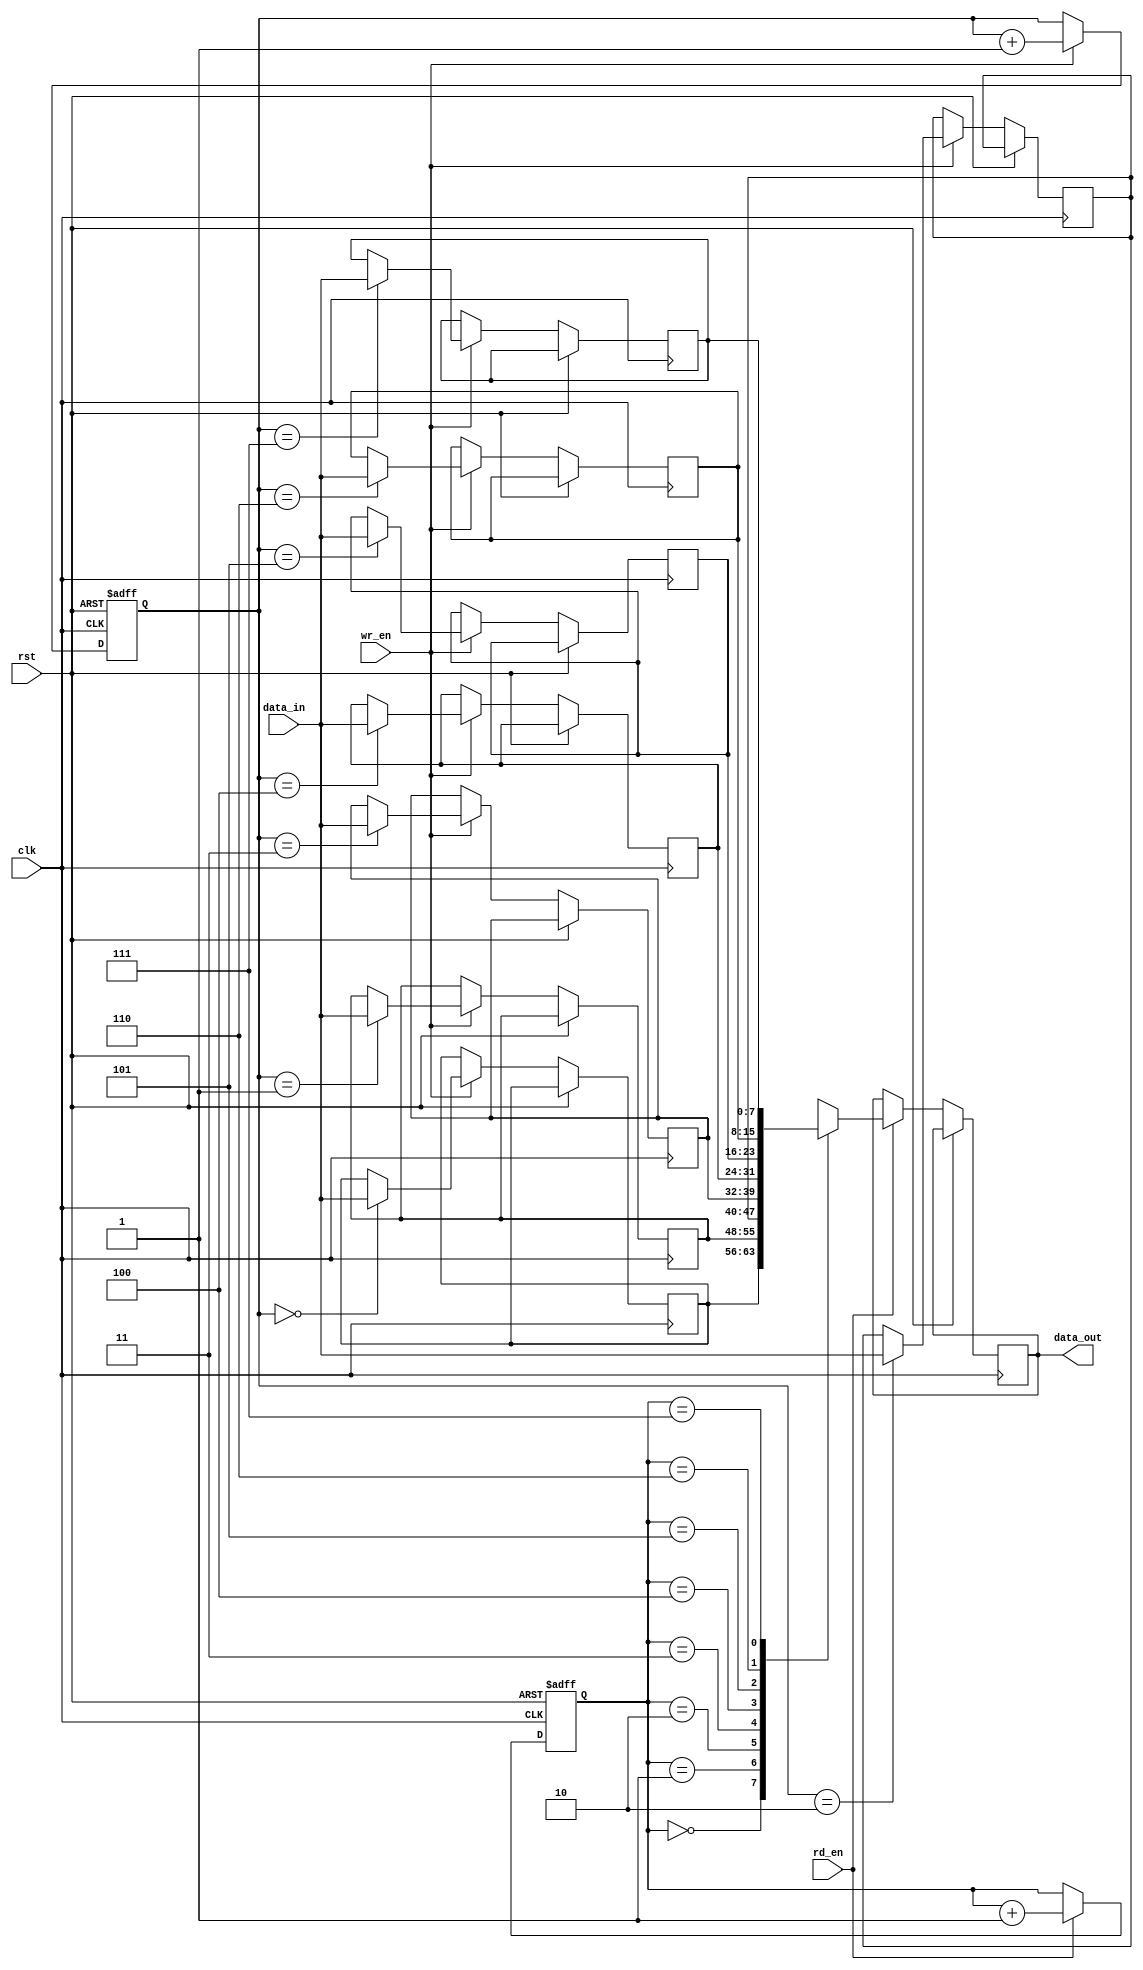
module gray_fifo (
    input wire clk,
    input wire rst,
    input wire wr_en,
    input wire rd_en,
    input wire [7:0] data_in,
    output reg [7:0] data_out
);

reg [7:0] fifo [0:7];
reg [2:0] wr_ptr;
reg [2:0] rd_ptr;

always @ (posedge clk or posedge rst) begin
    if (rst) begin
        wr_ptr <= 3'b000;
        rd_ptr <= 3'b000;
    end else begin
        if (wr_en) begin
            fifo[wr_ptr] <= data_in;
            wr_ptr <= wr_ptr + 1;
        end
        
        if (rd_en) begin
            data_out <= fifo[rd_ptr];
            rd_ptr <= rd_ptr + 1;
        end
    end
end

endmodule